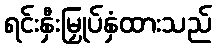
ရင်းနှီးမြှုပ်နှံထားသည်